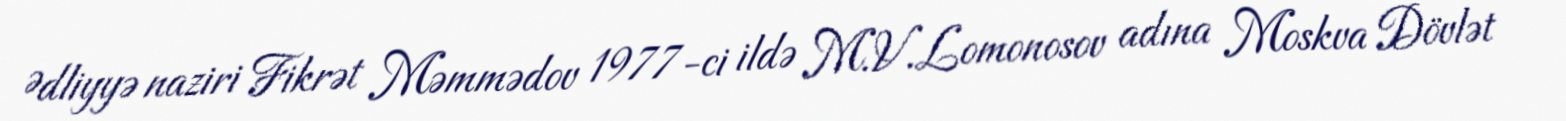
Ədliyyə naziri Fikrət Məmmədov 1977-ci ildə M.V.Lomonosov adına Moskva Dövlət